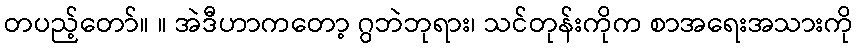
တပည့်တော်။ ။ အဲဒီဟာကတော့ ဂွဘဲဘုရား၊ သင်တုန်းကိုက စာအရေးအသားကို